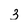
Character: 3